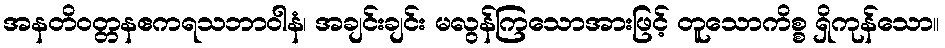
အနတိဝတ္တနဧကရသဘာဝါနံ၊ အချင်းချင်း မလွန်ကြသောအားဖြင့် တူသောကိစ္စ ရှိကုန်သော။